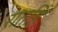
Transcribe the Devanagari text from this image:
रातहिं